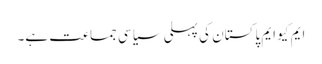
ایم کیو ایم پاکستان کی پہلی سیاسی جماعت ہے۔